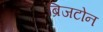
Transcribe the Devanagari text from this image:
ब्रिजटोन